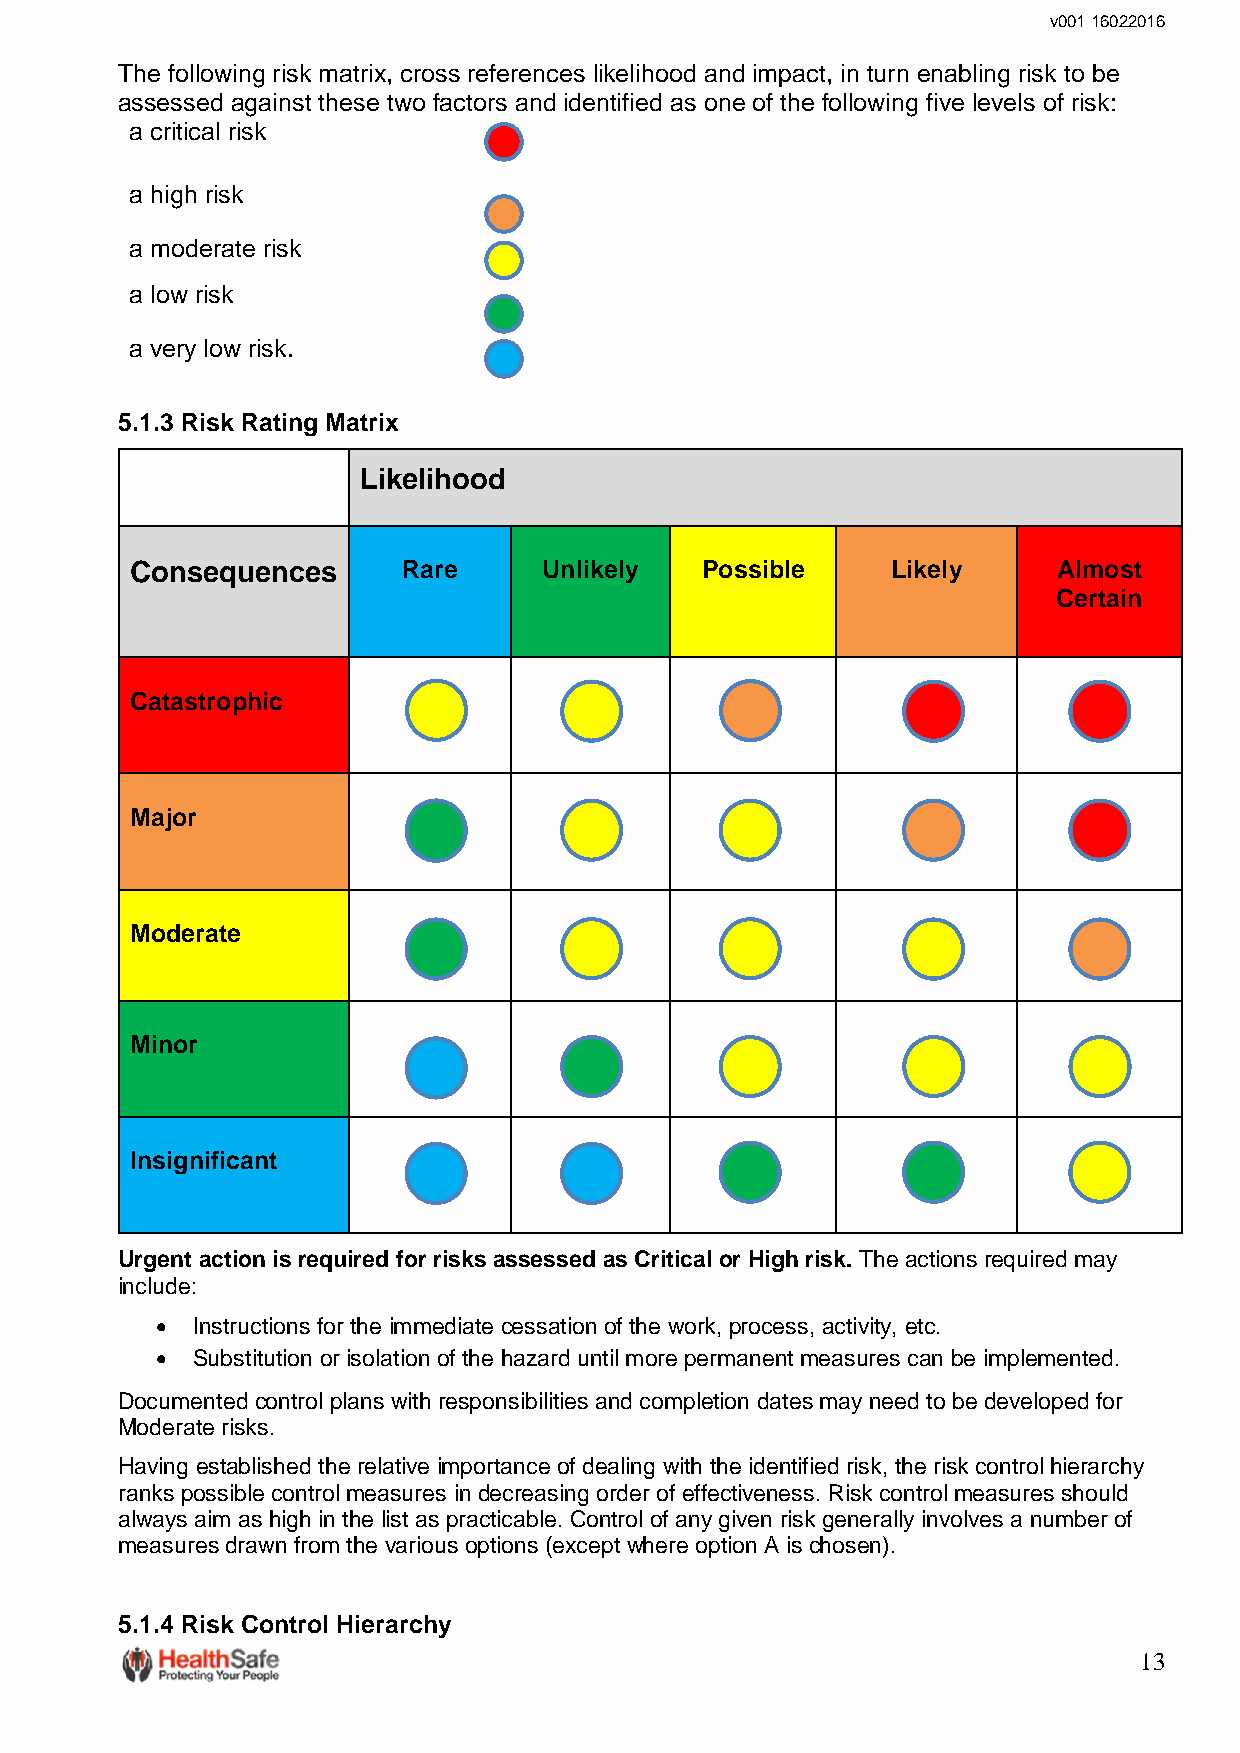
v001 16022016
 The following risk matrix, cross references likelihood and impact, in turn enabling risk to be
 assessed against these two factors and identified as one of the following five levels of risk:
 a critical risk
 a high risk
 a moderate risk
 a low risk
 a very low risk.
 5.1.3 Risk Rating Matrix
 Likelihood
 Consequences      Rare     Unlikely  Possible     Likely     Almost
 Certain
 Catastrophic
 Major
 Moderate
 Minor
 Insignificant
 Urgent action is required for risks assessed as Critical or High risk. The actions required may
 include:
   Instructions for the immediate cessation of the work, process, activity, etc.
   Substitution or isolation of the hazard until more permanent measures can be implemented.
 Documented control plans with responsibilities and completion dates may need to be developed for
 Moderate risks.
 Having established the relative importance of dealing with the identified risk, the risk control hierarchy
 ranks possible control measures in decreasing order of effectiveness. Risk control measures should
 always aim as high in the list as practicable. Control of any given risk generally involves a number of
 measures drawn from the various options (except where option A is chosen).
 5.1.4 Risk Control Hierarchy
 13